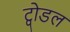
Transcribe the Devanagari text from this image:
ट्वोडल